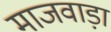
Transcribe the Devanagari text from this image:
माजवाड़ा